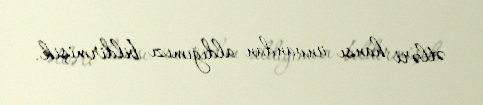
ətləri hansı ünvandan aldığımızı bildirmişik.